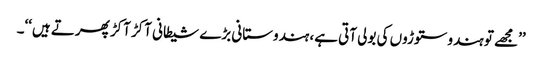
’’مجھے تو ہندو ستوڑوں کی بولی آتی ہے، ہندوستانی بڑے شیطانی آکڑ آکڑ پھرتے ہیں‘‘۔